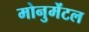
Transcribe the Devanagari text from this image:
मोनुमेंटल